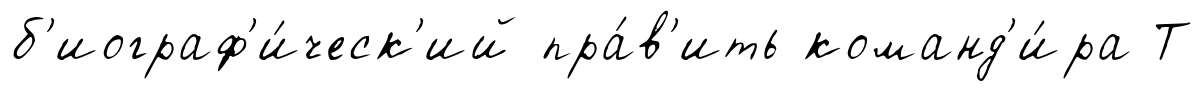
б'иограф'и́ческ'ий пра́в'ить команд'и́ра Т